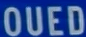
OUED